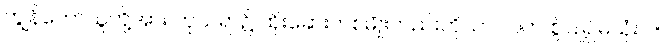
ကျွန်တော်သူတို့အား ကုသရာ၌ ထိုးဆေးတစ်မျိုးတည်းကိုသာ လက် စွဲပြု၍မသုံးပါ။